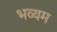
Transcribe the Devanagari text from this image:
भव्यम